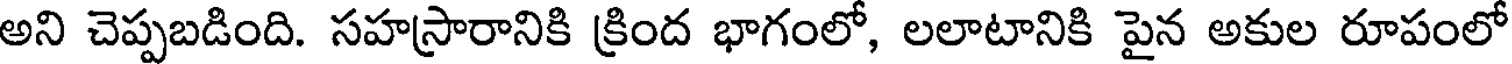
అని చెప్పబడింది. సహస్రారానికి క్రింద భాగంలో, లలాటానికి పైన అకుల రూపంలో